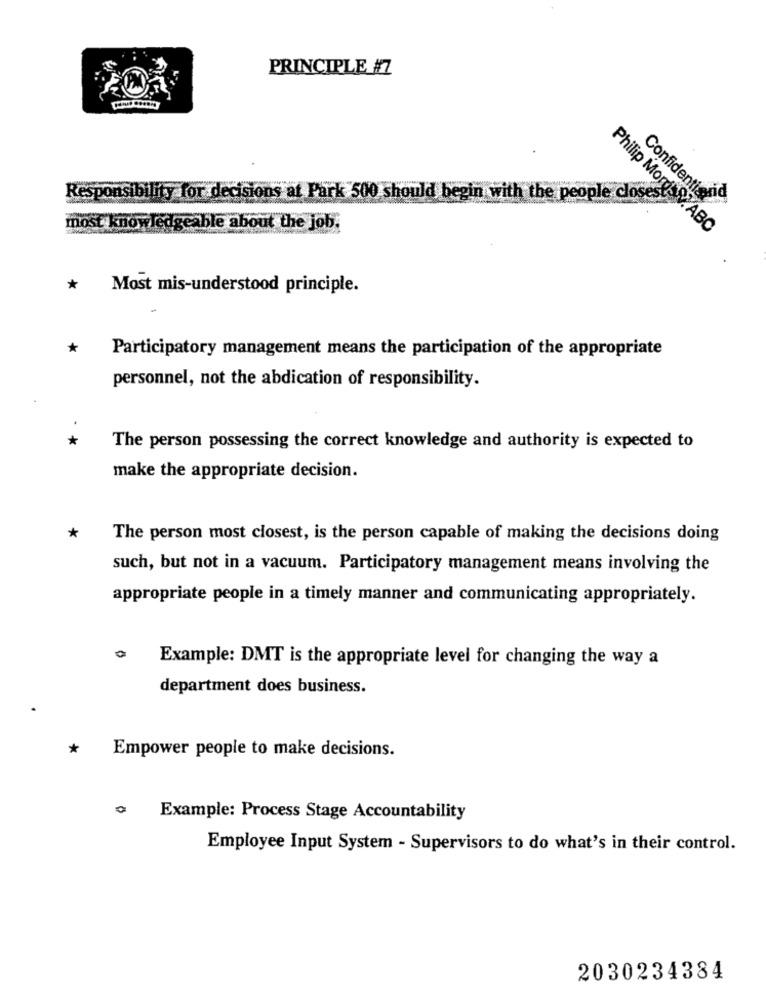
PRINCIPLE #7
Responsibility for decisions at Park 500 should begin with the people closes
Confidentisso
most knowledgeable about the job.
Philip MorrisSABC
*
Most mis-understood principle.
Participatory management means the participation of the appropriate
personnel, not the abdication of responsibility.
*
The person possessing the correct knowledge and authority is expected to
make the appropriate decision.
*
The person most closest, is the person capable of making the decisions doing
such, but not in a vacuum. Participatory management means involving the
appropriate people in a timely manner and communicating appropriately.
Example: DMT is the appropriate level for changing the way a
department does business.
*
Empower people to make decisions.
0
Example: Process Stage Accountability
Employee Input System - Supervisors to do what's in their control.
2030234384